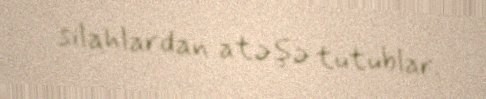
silahlardan atəşə tutublar.